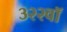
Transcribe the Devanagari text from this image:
३२२वॉ